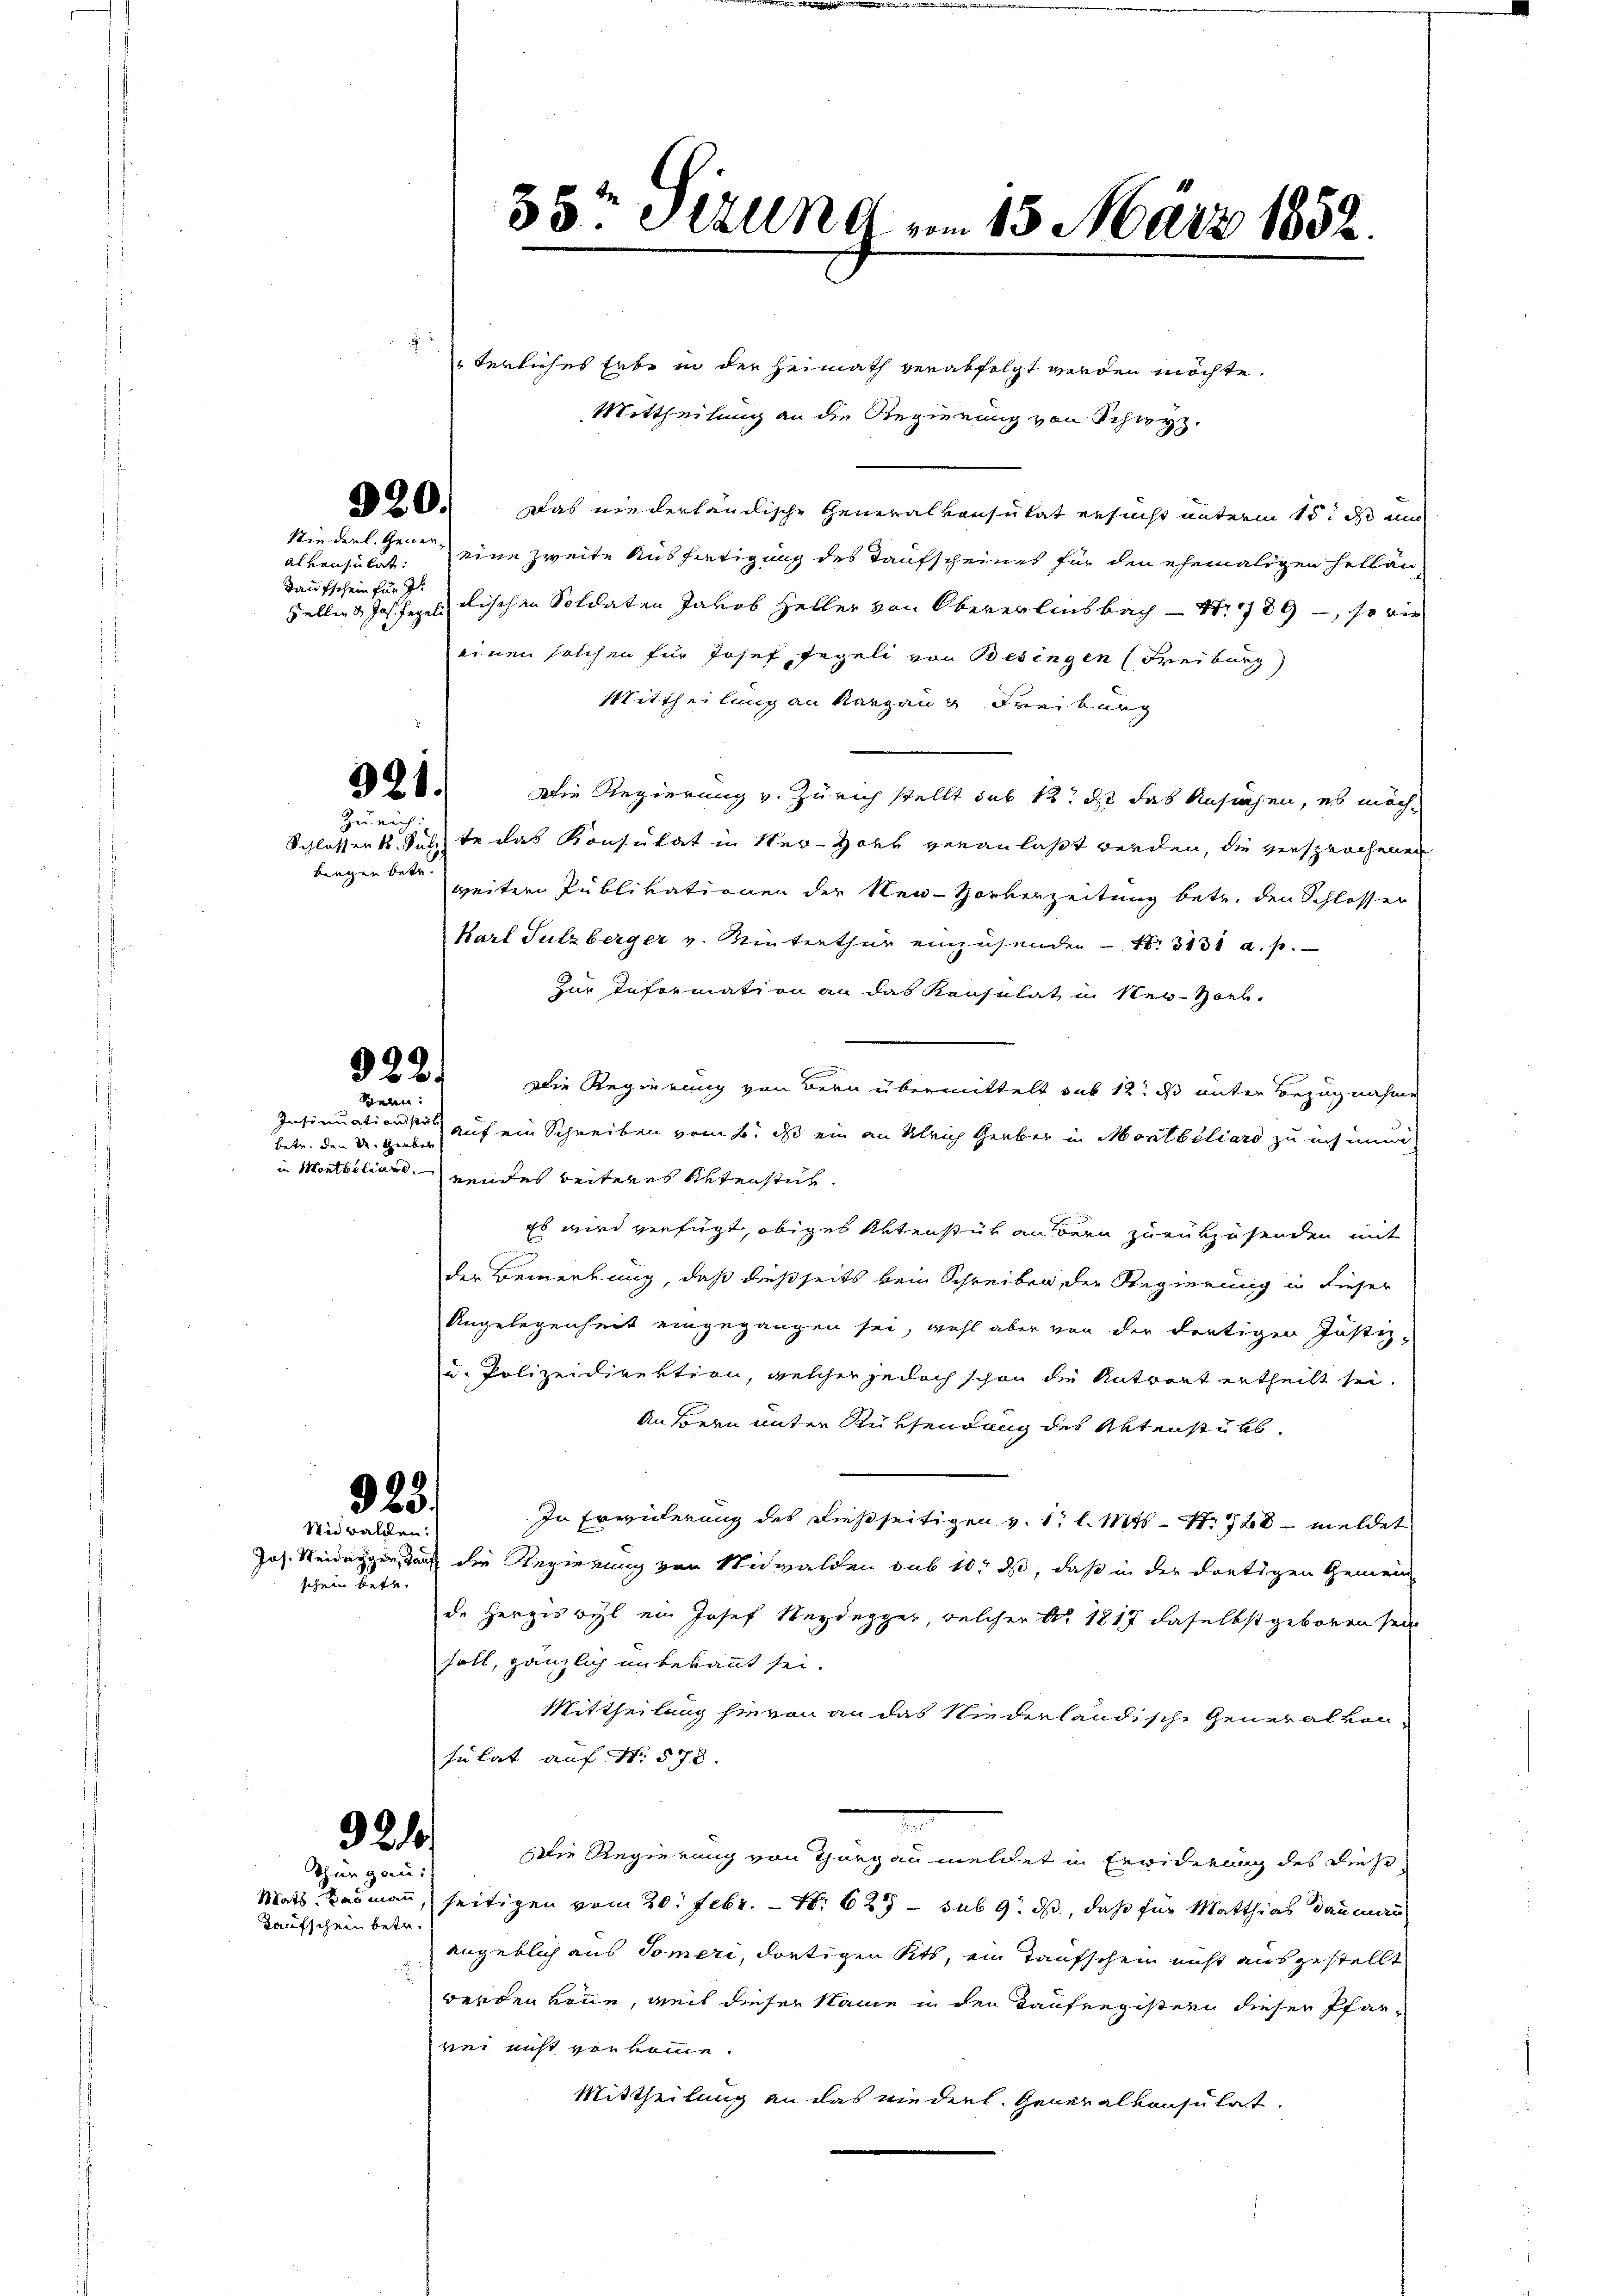
Kaufschein betr.

Niederl. Gener-

alkonsulat:
Taufschein für I

921.
Zürich:

biegen betr.

922.
Seeen:

betend den und Gerber

323.
Wie walden.

schein betr.

terliches Erbe in der Heimath verabfolgt worden möchte.
Mittheilung an die Regierung von Schwyz.
28. Das niederländische Generalkonsulat ersucht unterm 15t ds ei
eine zweite Ausfertigung des Taufscheines für den ehemaligen Hellan
Zeller Jos. Regel alischen Soldaten Jakob Heller von Obererlinsbach S. 1789 –, so wie
einen solchen für Josef Regeli von Besingen (Freiburg)
Mittheilung an Aargang Freiburg
Die Regierung v. Zürich stellt das 12 ds das Ansuchen, es möch¬
Schlossent Sunste das Konsulat in Ner-Hotz veranlaßt werden, die versprochenen
weitere Publikationen der Neu-Horberzeitung betr. den Schlosser
Karl Sulzberger v. Winterthur einzusenden  N: 3131 a. p.
Zur Information an das Konsulat in New-York.
Die Regierung von Bern übermittelt sub 12 ds unter Bezugnahme
Insinuationsstat auf ein Schreiben vom 6. ds ein an gleich Gerber in Montbiliard zu inhimm
in Montbiliardnendes beiteres Unterstich¬
Es wird verfügt, obiges Aktenstür andern zurükzusenden mit
der Bemerkung, daß dießseits kein Schreiben der Regierung in dieser
Angelegenheit eingegangen sei, wohl aber von der dortigen Justiz-
u. Polizeidirektion, welcher jedoch schon die Antwort ertheilt sei.
an Bern unter Rüksendung des Aktenstükb
In Erwiderung des dießseitigen v. 17 l. Mts. S. 788 - meldet
Jos. Weideggen, durch die Regierung von Nidwalden sub 10. ds, daß in der dortigen Gemein
de Herzes vyl ein Josef Seydegger, welcher Ao 1817 daselbst geboren sei
soll, gänzlich unbekannt sei.
Mittheilung hievon an das Niederländische General von
sulat auf Nr. 578.
Die Regierung von Thurgau meldet in Erwiderung des diese
Mats Baumann, seitigen vom 20. Febr. – N. 625 – sub 9. ds, daß für Matthias dan man
angeblich aus Someri, dortigen Kitt, ein Taufschein nicht ausgestellt
werden könne, weil dieser Name in den Kaufregistern dieser Pfarwei nicht von komme.
Mittheilung an das niederl. Generalkonsulat

324
Thurgau:

35. Stzung am 15. März 1852.